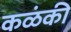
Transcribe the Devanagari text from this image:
कळंकी